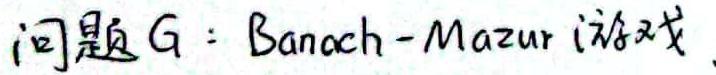
问题G：Banach - Mazur 游戏